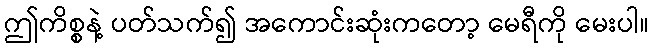
ဤကိစ္စနဲ့ ပတ်သက်၍ အကောင်းဆုံးကတော့ မေရီကို မေးပါ။